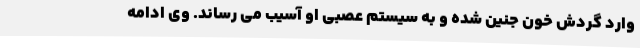
وارد گردش خون جنین شده و به سیستم عصبی او آسیب می رساند. وی ادامه